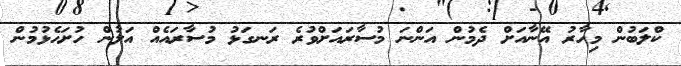
ކްލަބުން މިހާރު އޭނާއަށް ދެމުން އަންނަ މުސާރައަށްވުރެ ރަނގަޅު މުސާރައެއް އަލުން ހުށަހެޅުމުން